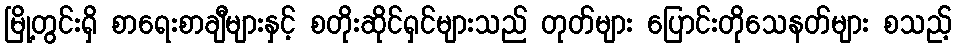
မြို့တွင်းရှိ စာရေးစာချီများနှင့် စတိုးဆိုင်ရှင်များသည် တုတ်များ ပြောင်းတိုသေနတ်များ စသည့်